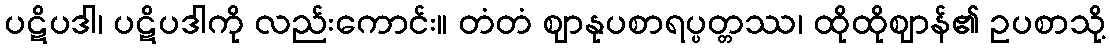
ပဋိပဒါ၊ ပဋိပဒါကို လည်းကောင်း။ တံတံ ဈာနုပစာရပ္ပတ္တဿ၊ ထိုထိုဈာန်၏ ဥပစာသို့